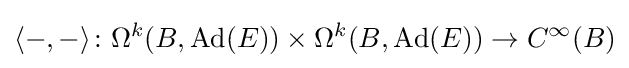
\langle -,-\rangle \colon \Omega ^{k}(B,\operatorname {Ad} (E))\times \Omega ^{k}(B,\operatorname {Ad} (E))\rightarrow C^{\infty }(B)